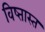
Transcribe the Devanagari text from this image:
विष्तास्त